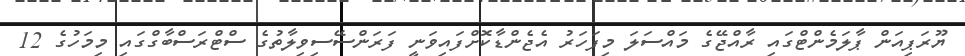
ޔޫރަޕިއަން ޕާލަމެންޓްގައި ރާއްޖޭގެ މައްސަލަ މިފަހަރު އެޖެންޑާކޮށްފައިވަނީ ފަރަންސޭސިވިލާތުގެ ސްޓްރަސްބާގްގައި މިމަހުގެ 12